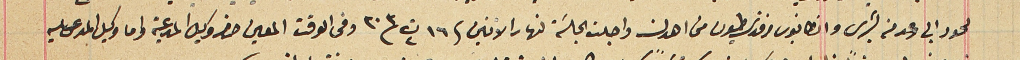
لحود ابي رعد من بشرى وانطانيوس افندى طيون من اهدن واجلت الجلسَة لنهار الاثنين / ١٦ ت٢ ٣٠٣ وفى الوقت المعين حضر وكيل المدعيةواما وكيل المدعى عليه